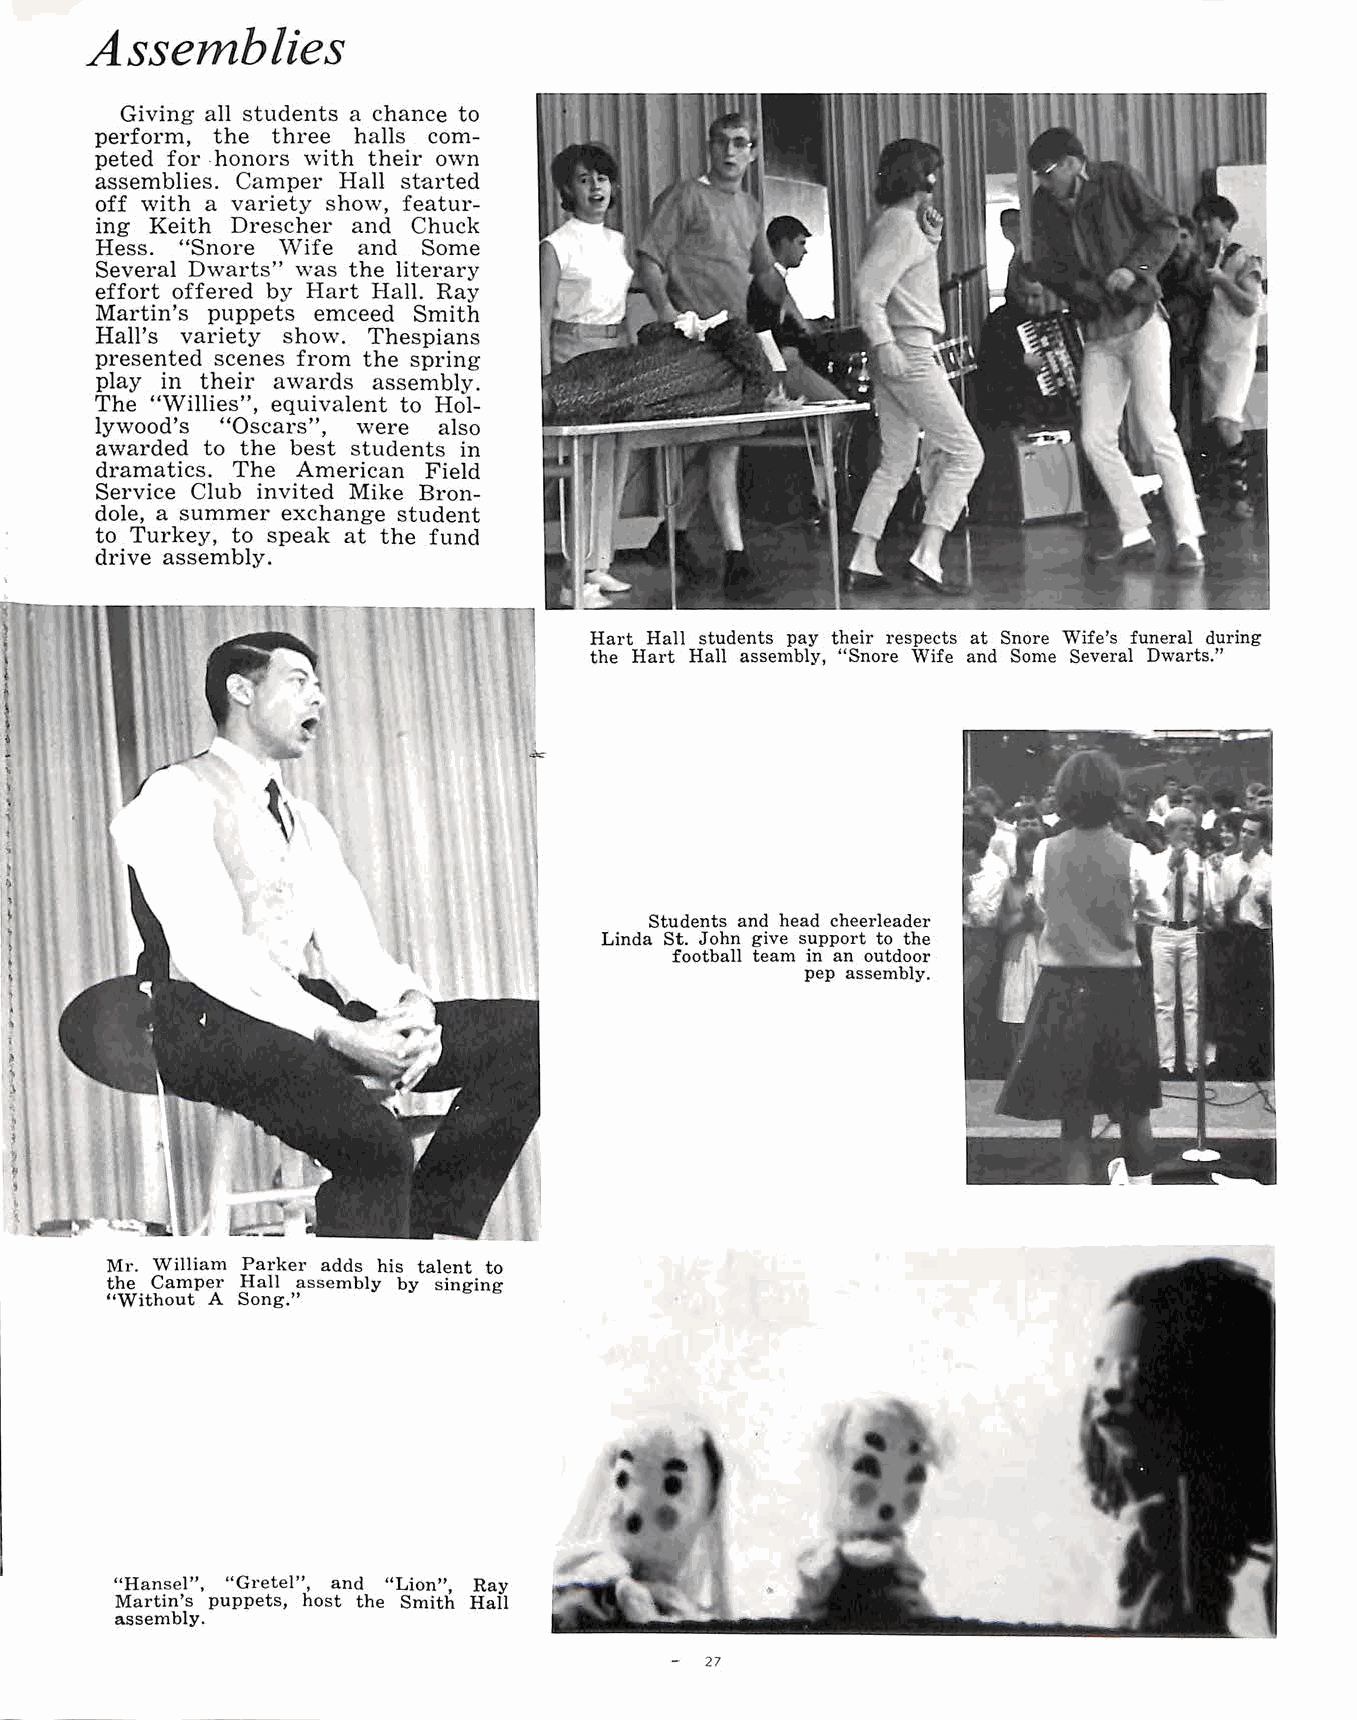
Assemblies
 Giving all students a chance to
 perform, the three halls com
 peted for -honors with their own
 assemblies. Camper Hall st~rted
 off with a variety show, featur
 ing Keith Drescher and Chuck
 Hess. "Snore Wife and Some
 Several Dwarts" was the literary
 effort offered by Hart Hall. Ray
 Martin's puppets emceed Smith
 Hall's variety show. Thespians
 presented scenes from the spring
 play in their awards assembly.
 The "Willies", equivalent to Hol
 lywood's "Oscars'', were also
 awarded to the best students in
 dramatics. The American Field
 Service Club invited Mike Bron
 dole, a summer exchange student
 to Turkey, to speak at the fund
 drive assembly.
 Hart Hall students pay their respects at Snore Wife's funeral during
 the Hart Hall assembly, "Snore Wife and Some Several Dwarts."
 Students and head cheerleader
 Linda St. John give support to the
 football team in an outdoor
 pep assembly.
 Mr. William Parker adds his talent to
 the Camper Hall assembly by singing
 "Without A Song."
 "Hansel", "Gretel'', and "Lion", Ray
 Martin's puppets, host the Smith Hall
 assembly.